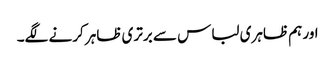
اور ہم ظاہری لباس سے برتری ظاہر کرنے لگے۔